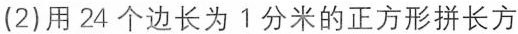
(2)用24个边长为1分米的正方形拼长方